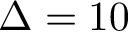
\Delta = 1 0